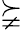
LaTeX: \succneqq